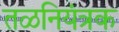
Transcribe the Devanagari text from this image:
तळनियंत्रक